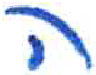
אות: ה